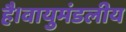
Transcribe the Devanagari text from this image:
है।वायुमंडलीय